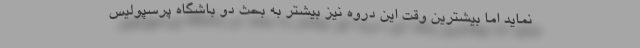
نماید اما بیشترین وقت این دروه نیز بیشتر به بحث دو باشگاه پرسپولیس